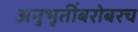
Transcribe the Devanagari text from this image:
अनुभूतींबरोबरच